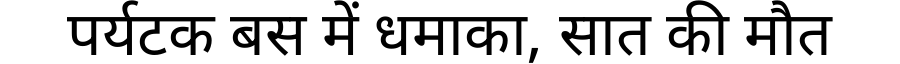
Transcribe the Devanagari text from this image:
पर्यटक बस में धमाका, सात की मौत